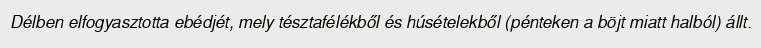
Délben elfogyasztotta ebédjét, mely tésztafélékből és húsételekből (pénteken a böjt miatt halból) állt.